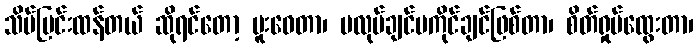
သိပ်ပြင်းထန်တယ် ဆိုရင်တော့ မူးဝေတာ၊ မလုပ်ချင်မကိုင်ချင်ဖြစ်တာ၊ စိတ်ရှုပ်ထွေးတာ၊